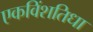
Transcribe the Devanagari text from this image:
एकविंशतिधा